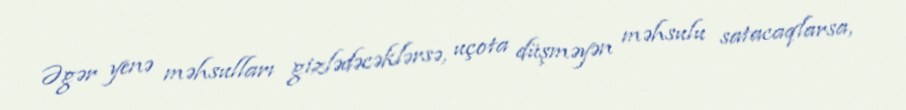
Əgər yenə məhsulları gizlədəcəklərsə, uçota düşməyən məhsulu satacaqlarsa,